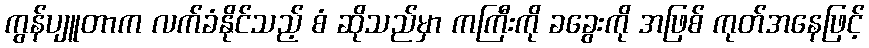
ကွန်ပျူတာက လက်ခံနိုင်သည့် စံ ဆိုသည်မှာ ကကြီးကို ခခွေးကို အဖြစ် ကုတ်အနေဖြင့်